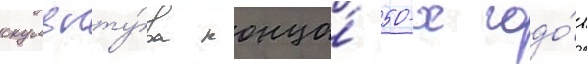
скульпту́ра конца́ 50-х годо́в